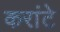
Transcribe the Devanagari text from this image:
करांटे